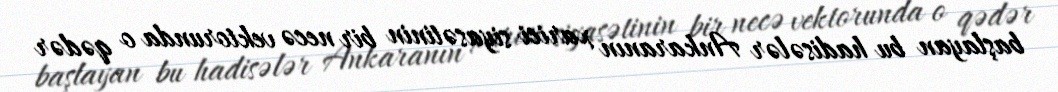
başlayan bu hadisələr Ankaranın xarici siyasətinin bir necə vektorunda o qədər